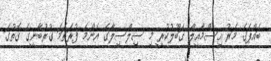
ބައްޕަގެ މަރު އިސްމާއީލް ގަބޫލުކުރީ މި ސިލްސިލާގެ އެންމެ ފުރަތަމަ ގުރުބާނީގެ ގޮތުގަ